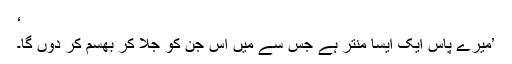
‘
’میرے پاس ایک ایسا منتر ہے جس سے میں اس جن کو جلا کر بھسم کر دوں گا۔